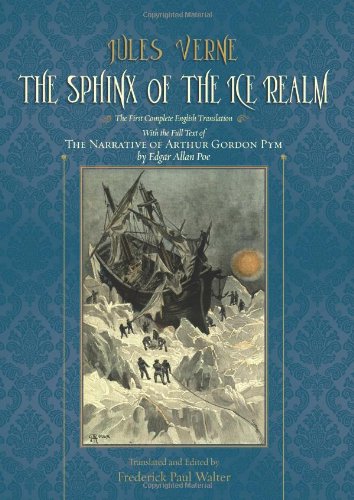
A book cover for The Sphinx of the Ice Realm: The First Complete English Translation, with the Full Text of The Narrative of Arthur Gordon Pym by Edgar Allan Poe; Jules Verne; Science Fiction & Fantasy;